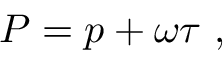
{ \cal P } = p + \omega \tau \ ,